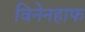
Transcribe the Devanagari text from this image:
विनेनहाफ